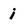
Character: i